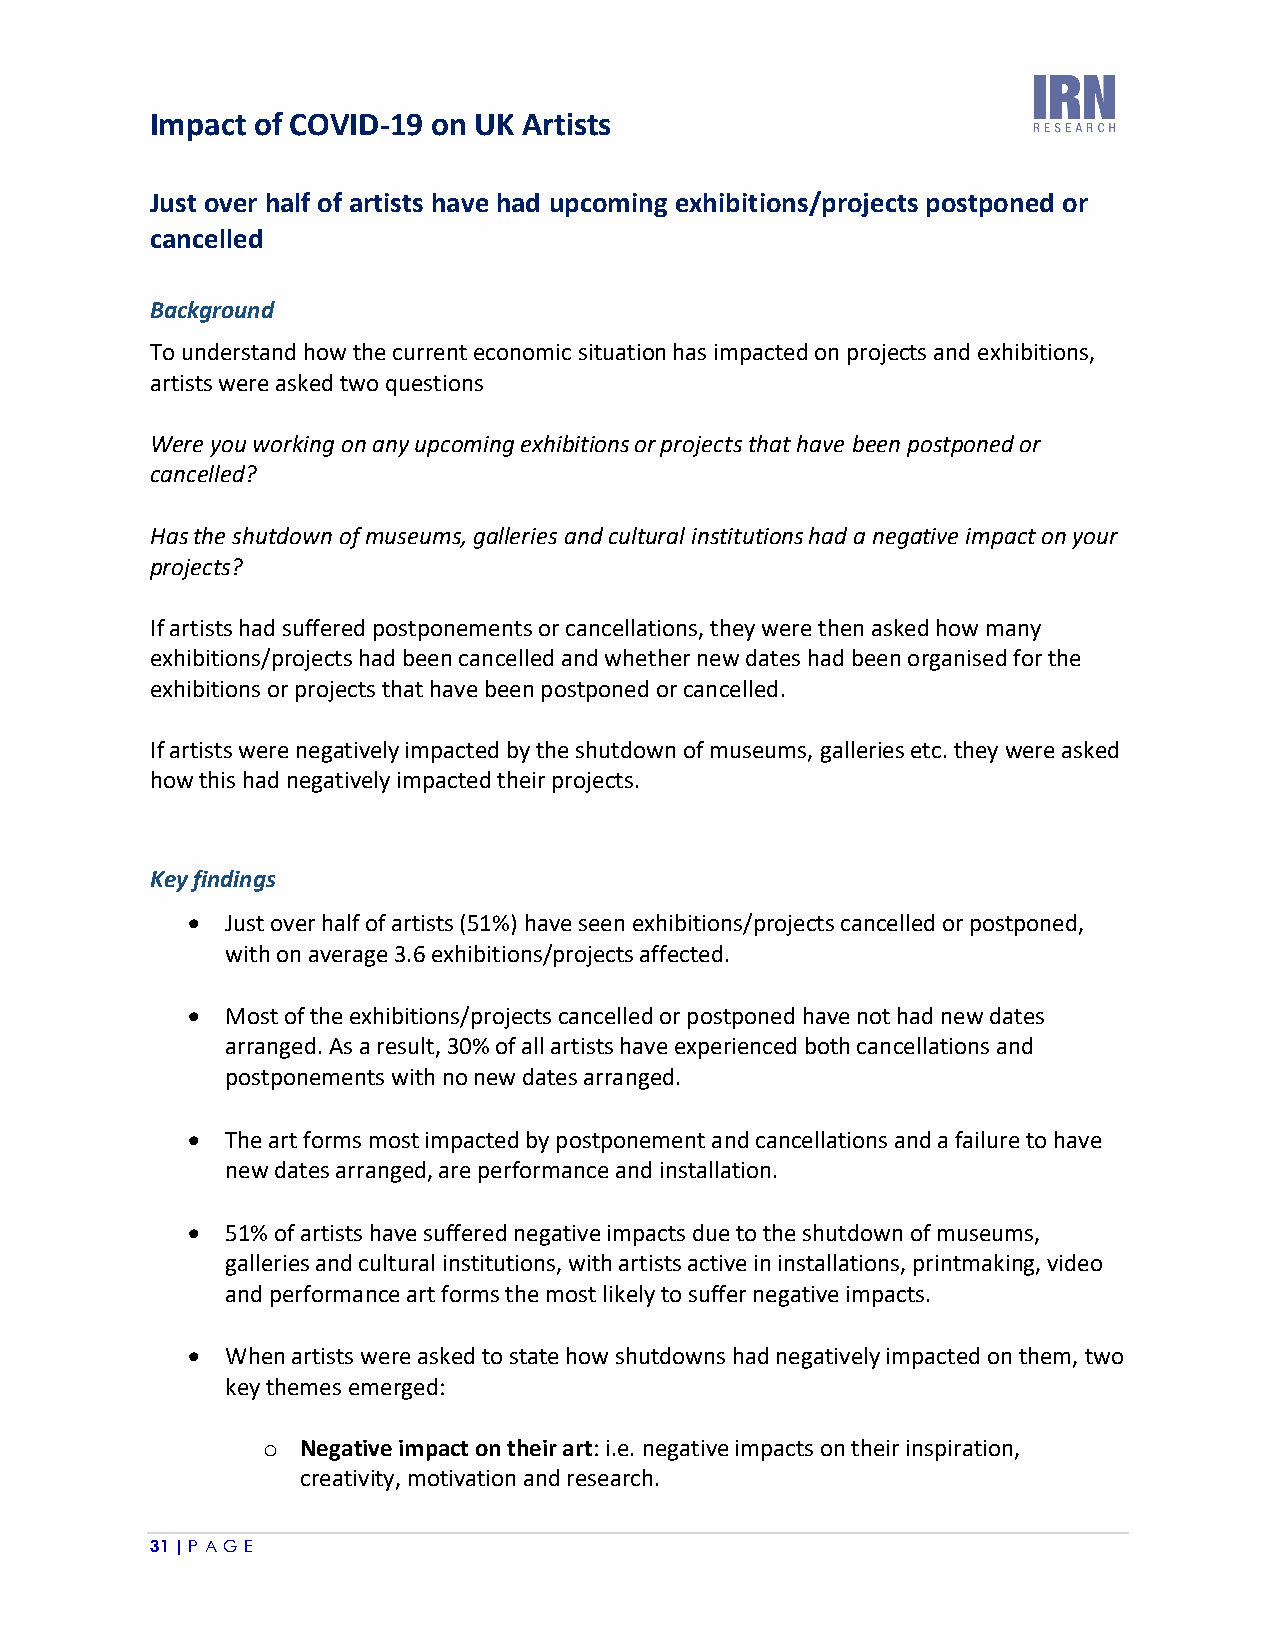
Impact of COVID-19 on UK Artists
 Just over half of artists have had upcoming exhibitions/projects postponed or
 cancelled
 Background
 To understand how the current economic situation has impacted on projects and exhibitions,
 artists were asked two questions
 Were you working on any upcoming exhibitions or projects that have been postponed or
 cancelled?
 Has the shutdown of museums, galleries and cultural institutions had a negative impact on your
 projects?
 If artists had suffered postponements or cancellations, they were then asked how many
 exhibitions/projects had been cancelled and whether new dates had been organised for the
 exhibitions or projects that have been postponed or cancelled.
 If artists were negatively impacted by the shutdown of museums, galleries etc. they were asked
 how this had negatively impacted their projects.
 Key findings
 •  Just over half of artists (51%) have seen exhibitions/projects cancelled or postponed,
 with on average 3.6 exhibitions/projects affected.
 •  Most of the exhibitions/projects cancelled or postponed have not had new dates
 arranged. As a result, 30% of all artists have experienced both cancellations and
 postponements with no new dates arranged.
 •  The art forms most impacted by postponement and cancellations and a failure to have
 new dates arranged, are performance and installation.
 •  51% of artists have suffered negative impacts due to the shutdown of museums,
 galleries and cultural institutions, with artists active in installations, printmaking, video
 and performance art forms the most likely to suffer negative impacts.
 •  When artists were asked to state how shutdowns had negatively impacted on them, two
 key themes emerged:
 o  Negative impact on their art: i.e. negative impacts on their inspiration,
 creativity, motivation and research.
 31 | P A GE